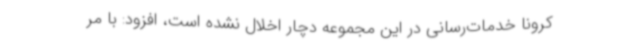
کرونا خدمات‌رسانی در این مجموعه دچار اخلال نشده است، افزود: با مر